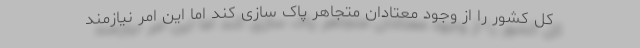
کل کشور را از وجود معتادان متجاهر پاک سازی کند اما این امر نیازمند